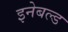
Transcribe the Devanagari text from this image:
इनेबल्ड